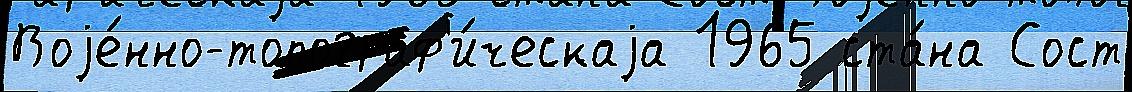
Воjе́нно-топограф'и́ческаjа 1965 ста́на Сост